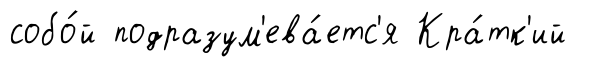
собо́й подразум'ева́етс'я Кра́тк'ий